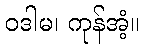
ဝဒါမ၊ ကုန်အံ့။